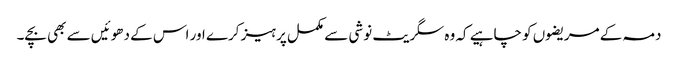
دمہ کے مریضوں کو چاہیے کہ وہ سگریٹ نوشی سے مکمل پرہیز کرے اور اس کے دھوئیں سے بھی بچے۔